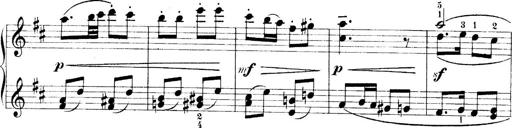
Title: 4 Sonatines
Composer: Max Reger